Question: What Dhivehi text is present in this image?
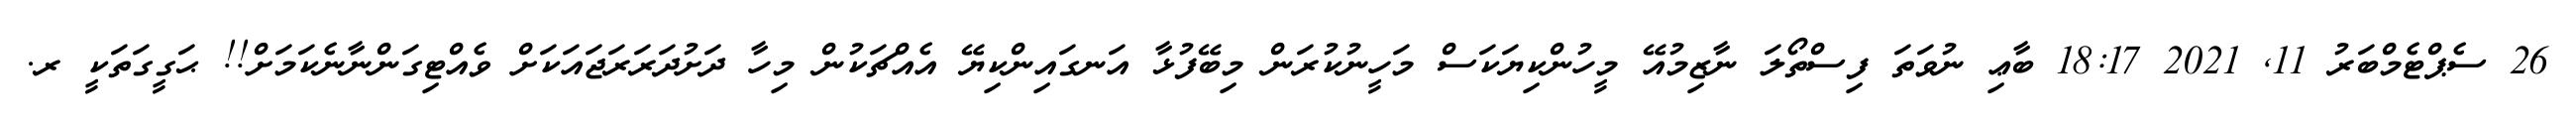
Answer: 26 ސެޕްޓެމްބަރު 11, 2021 18:17 ބާޢި ނުވަތަ ފިސްތޯލަ ނާޒިމުއޭ މީހުންކިޔަކަސް މަހީނުކުރަން މިބޭފުޅާ އަނގައިންކިޔޭ އެއްޗަކުން މިހާ ދަށުދަރަރަޖައަކަށް ވެއްޓިގަންނާނެކަމަށް!! ޙަގީގަތަކީ ރ.